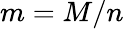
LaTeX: m=M/n